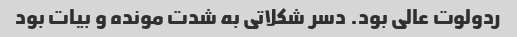
ردولوت عالی بود. دسر شکلاتی به شدت مونده و بیات بود